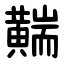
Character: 䵎